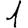
Digit: 1